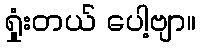
ရှုံးတယ် ပေါ့ဗျာ။